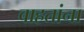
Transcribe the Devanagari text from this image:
वाहतांना